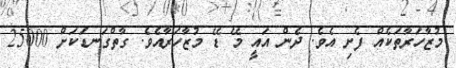
މުޒާހަރާތަކެއް ފެށި އެވެ. ދެން އައީ މޭ ޑޭ މުޒާހަރާއެވެ. ގާތްގަނޑަކަށް 25000